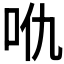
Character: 𠯾